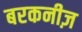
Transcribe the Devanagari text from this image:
बरकनीज़